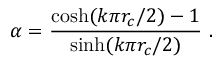
\alpha = \frac { \cosh ( k \pi r _ { c } / 2 ) - 1 } { \sinh ( k \pi r _ { c } / 2 ) } \ .